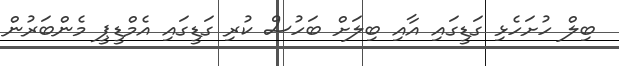
ބިލް ހުށަހެޅި ގަޑީގައި އާއި ބިލަށް ބަހުސް ކުރި ގަޑީގައި އެމްޑީޕީ މެންބަރުން